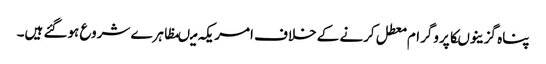
پناہ گزینوںکاپروگرام معطل کرنے کے خلاف امریکہ میںمظاہرے شروع ہوگئے ہیں۔